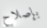
بإصلاح